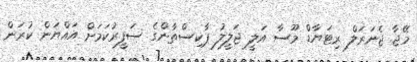
މޭޖާ ޖެނަރަލް ރިޓަޔާޑް މޫސާ އަލީ ޖަލީލު ޕާކިސްތާންގެ ސަފީރުކަމަށް އައްޔަން ކުރަން